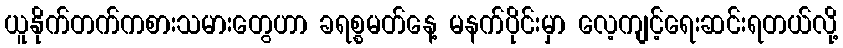
ယူနိုက်တက်ကစားသမားတွေဟာ ခရစ္စမတ်နေ့ မနက်ပိုင်းမှာ လေ့ကျင့်ရေးဆင်းရတယ်လို့